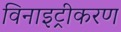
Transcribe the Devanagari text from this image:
विनाइट्रीकरण